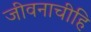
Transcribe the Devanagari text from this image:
जीवनाचीहि